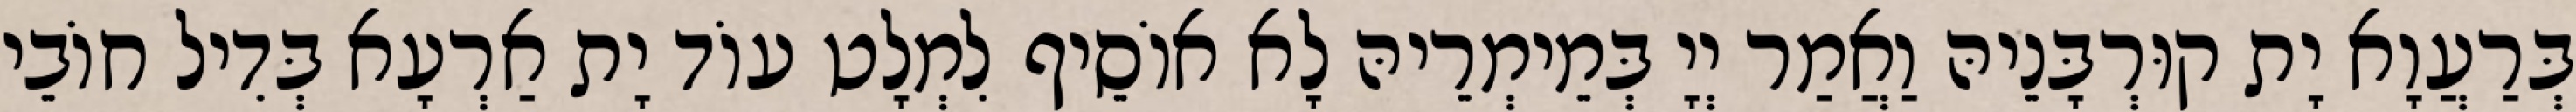
בְּרַעֲוָא יָת קוּרְבָּנֵיהּ וַאֲמַר יְיָ בְּמֵימְרֵיהּ לָא אוֹסֵיף לִמְלָט עוֹד יָת אַרְעָא בְּדִיל חוֹבֵי